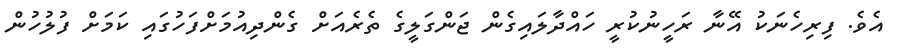
އެވެ. ފިރިހެނަކު އޭނާ ރަހީނުކުރީ ހައްދާލައިގެން ޖަންގަލީގެ ތެރެއަށް ގެންދިއުމަށްފަހުގައި ކަމަށް ފުލުހުން